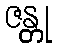
ဇန္တု